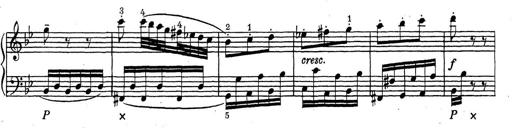
Title: ÄŒeskÃ© Sonatiny
Composer: Various